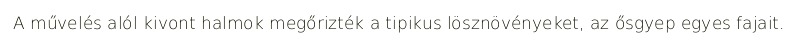
A művelés alól kivont halmok megőrizték a tipikus lösznövényeket, az ősgyep egyes fajait.